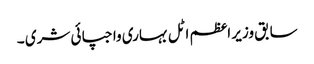
سابق وزیر اعظم اٹل بہاری واجپائی شری ۔